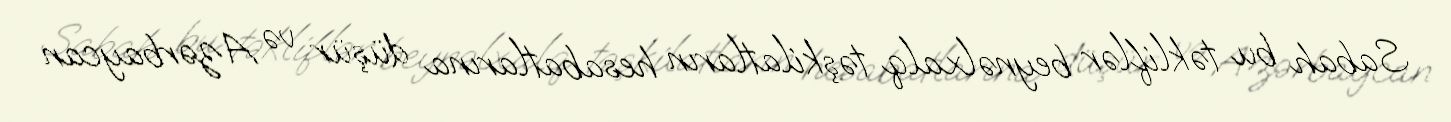
Sabah bu təkliflər beynəlxalq təşkilatların hesabatlarına düşür və Azərbaycan